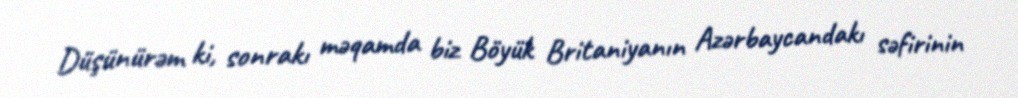
Düşünürəm ki, sonrakı məqamda biz Böyük Britaniyanın Azərbaycandakı səfirinin